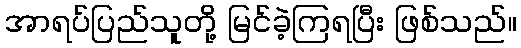
အာရပ်ပြည်သူတို့ မြင်ခဲ့ကြရပြီး ဖြစ်သည်။